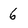
Character: 6